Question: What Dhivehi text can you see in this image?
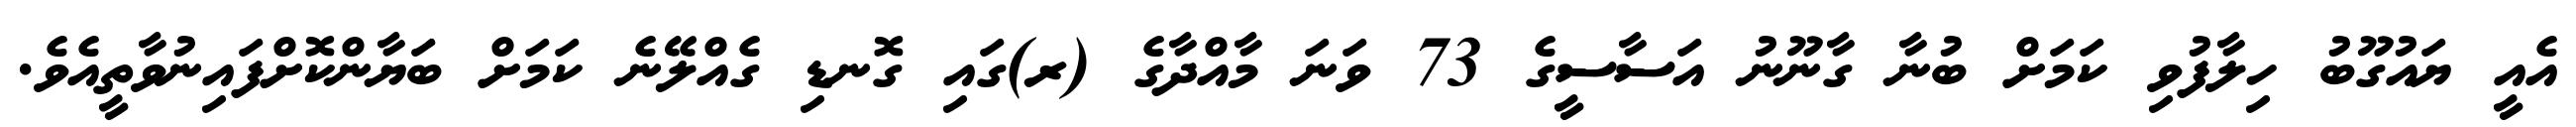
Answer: އެއީ ޔައުގޫބު ހިލާފުވި ކަމަށް ބުނާ ގާނޫނު އަސާސީގެ 73 ވަނަ މާއްދާގެ (ރ)ގައި ގޮނޑި ގެއްލޭނެ ކަމަށް ބަޔާންކޮށްފައިނުވާތީއެވެ.